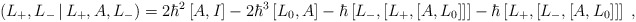
\begin{align*}\left( L_{+},L_{-}\,|\,L_{+},A,L_{-}\right) =2\hbar^{2}\left[ A,I\right]-2\hbar^{3}\left[ L_{0},A\right] -\hbar\left[ L_{-},\left[ L_{+},\left[A,L_{0}\right] \right] \right] -\hbar\left[ L_{+},\left[ L_{-},\left[A,L_{0}\right] \right] \right] \;,\end{align*}